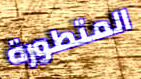
المتطورة